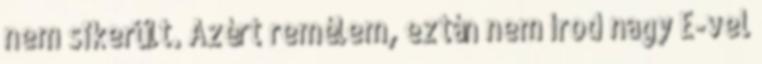
nem sikerült. Azért remélem, eztán nem írod nagy E-vel